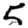
Digit: 5